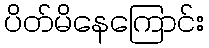
ပိတ်မိနေကြောင်း